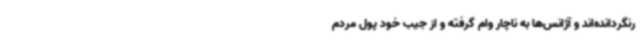
رنگردانده‌اند و آژانس‌ها به ناچار وام گرفته و از جیب خود پول مردم